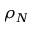
\rho _ { N }